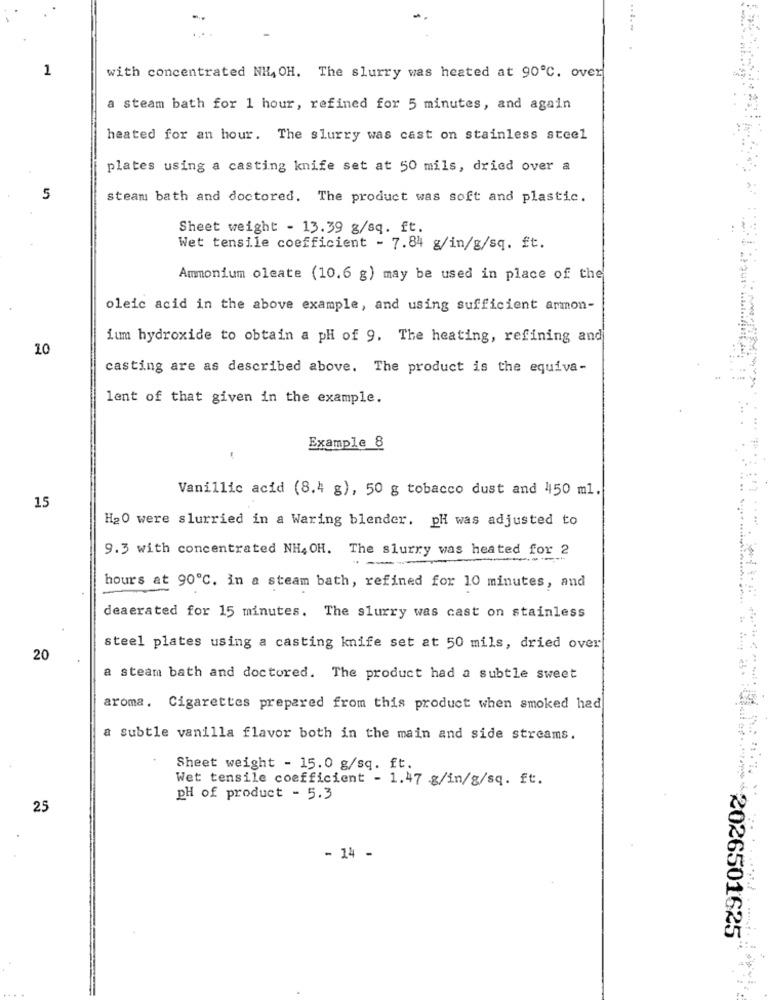
...
1
with concentrated NHA OH. The slurry was heated at 90℃. over
a steam bath for 1 hour, refined for 5 minutes, and again
heated for an hour. The slurry was cast on stainless steel
plates using a casting knife set at 50 mils, dried over a
5
steam bath and doctored. The product was soft and plastic.
Sheet weight - 13.39 g/sq. ft.
Wet tensile coefficient - 7.84 g/in/g/sq. ft.
Ammonium oleate (10.6 g) may be used in place of the
oleic acid in the above example, and using sufficient ammon-
ium hydroxide to obtain a ph of 9. The heating, refining and
10
casting are as described above. The product is the equiva-
lent of that given in the example.
Example 8
Vanillic acid (8.4 g), 50 g tobacco dust and 450 ml.
: .
15
H20 were slurried in a Waring blender. pH was adjusted to
9.3 with concentrated NH4 OH. The slurry was heated for 2
hours at 90℃. in a steam bath, refined for 10 minutes, and
deaerated for 15 minutes. The slurry was cast on stainless
steel plates using a casting knife set at 50 mils, dried over
20
a steam bath and doctored. The product had a subtle sweet
aroma. Cigarettes prepared from this product when smoked had
Subtle vanilla flavor both in the main and side streams.
Sheet weight - 15.0 g/sq. ft.
Wet tensile coefficient - 1.47 g/in/g/sq. ft.
..
pH of product - 5.3
25
- 14 -
2026501625